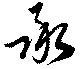
承